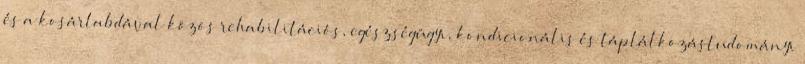
és a kosárlabdával közös rehabilitációs, egészségügyi, kondicionális és táplálkozástudományi